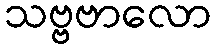
သဗ္ဗဗာလော